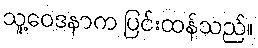
သူ့ဝေဒနာက ပြင်းထန်သည်။